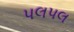
પલપલ